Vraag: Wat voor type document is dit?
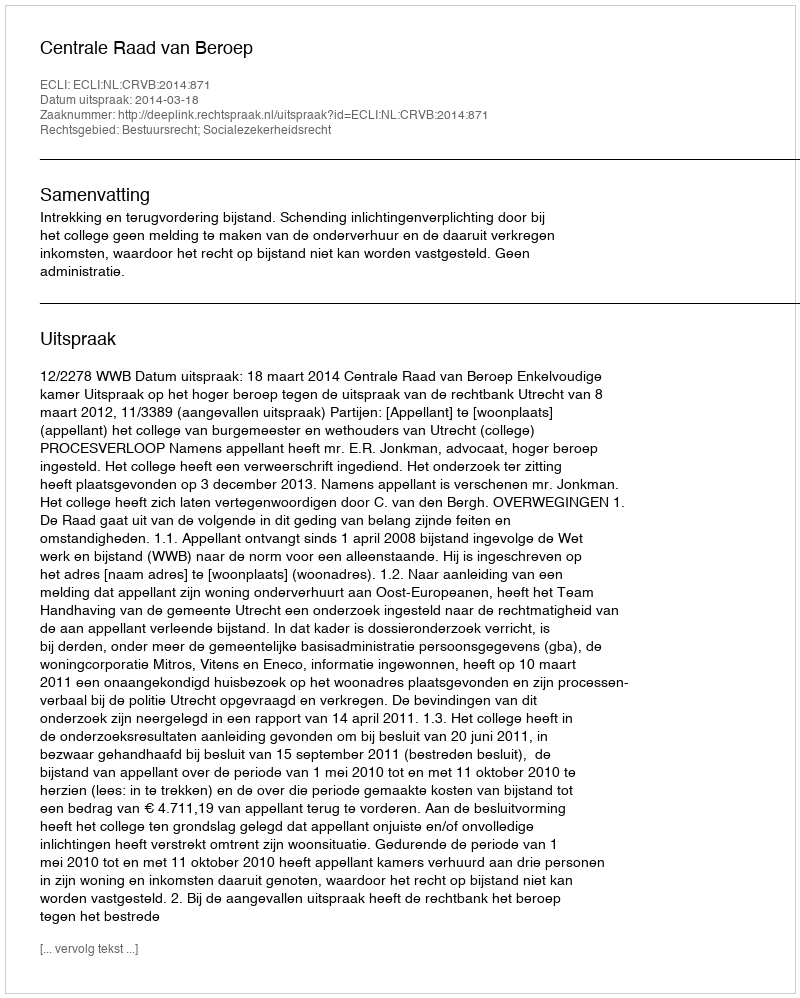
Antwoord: Uitspraak